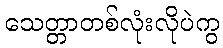
သေတ္တာတစ်လုံးလိုပဲကွ